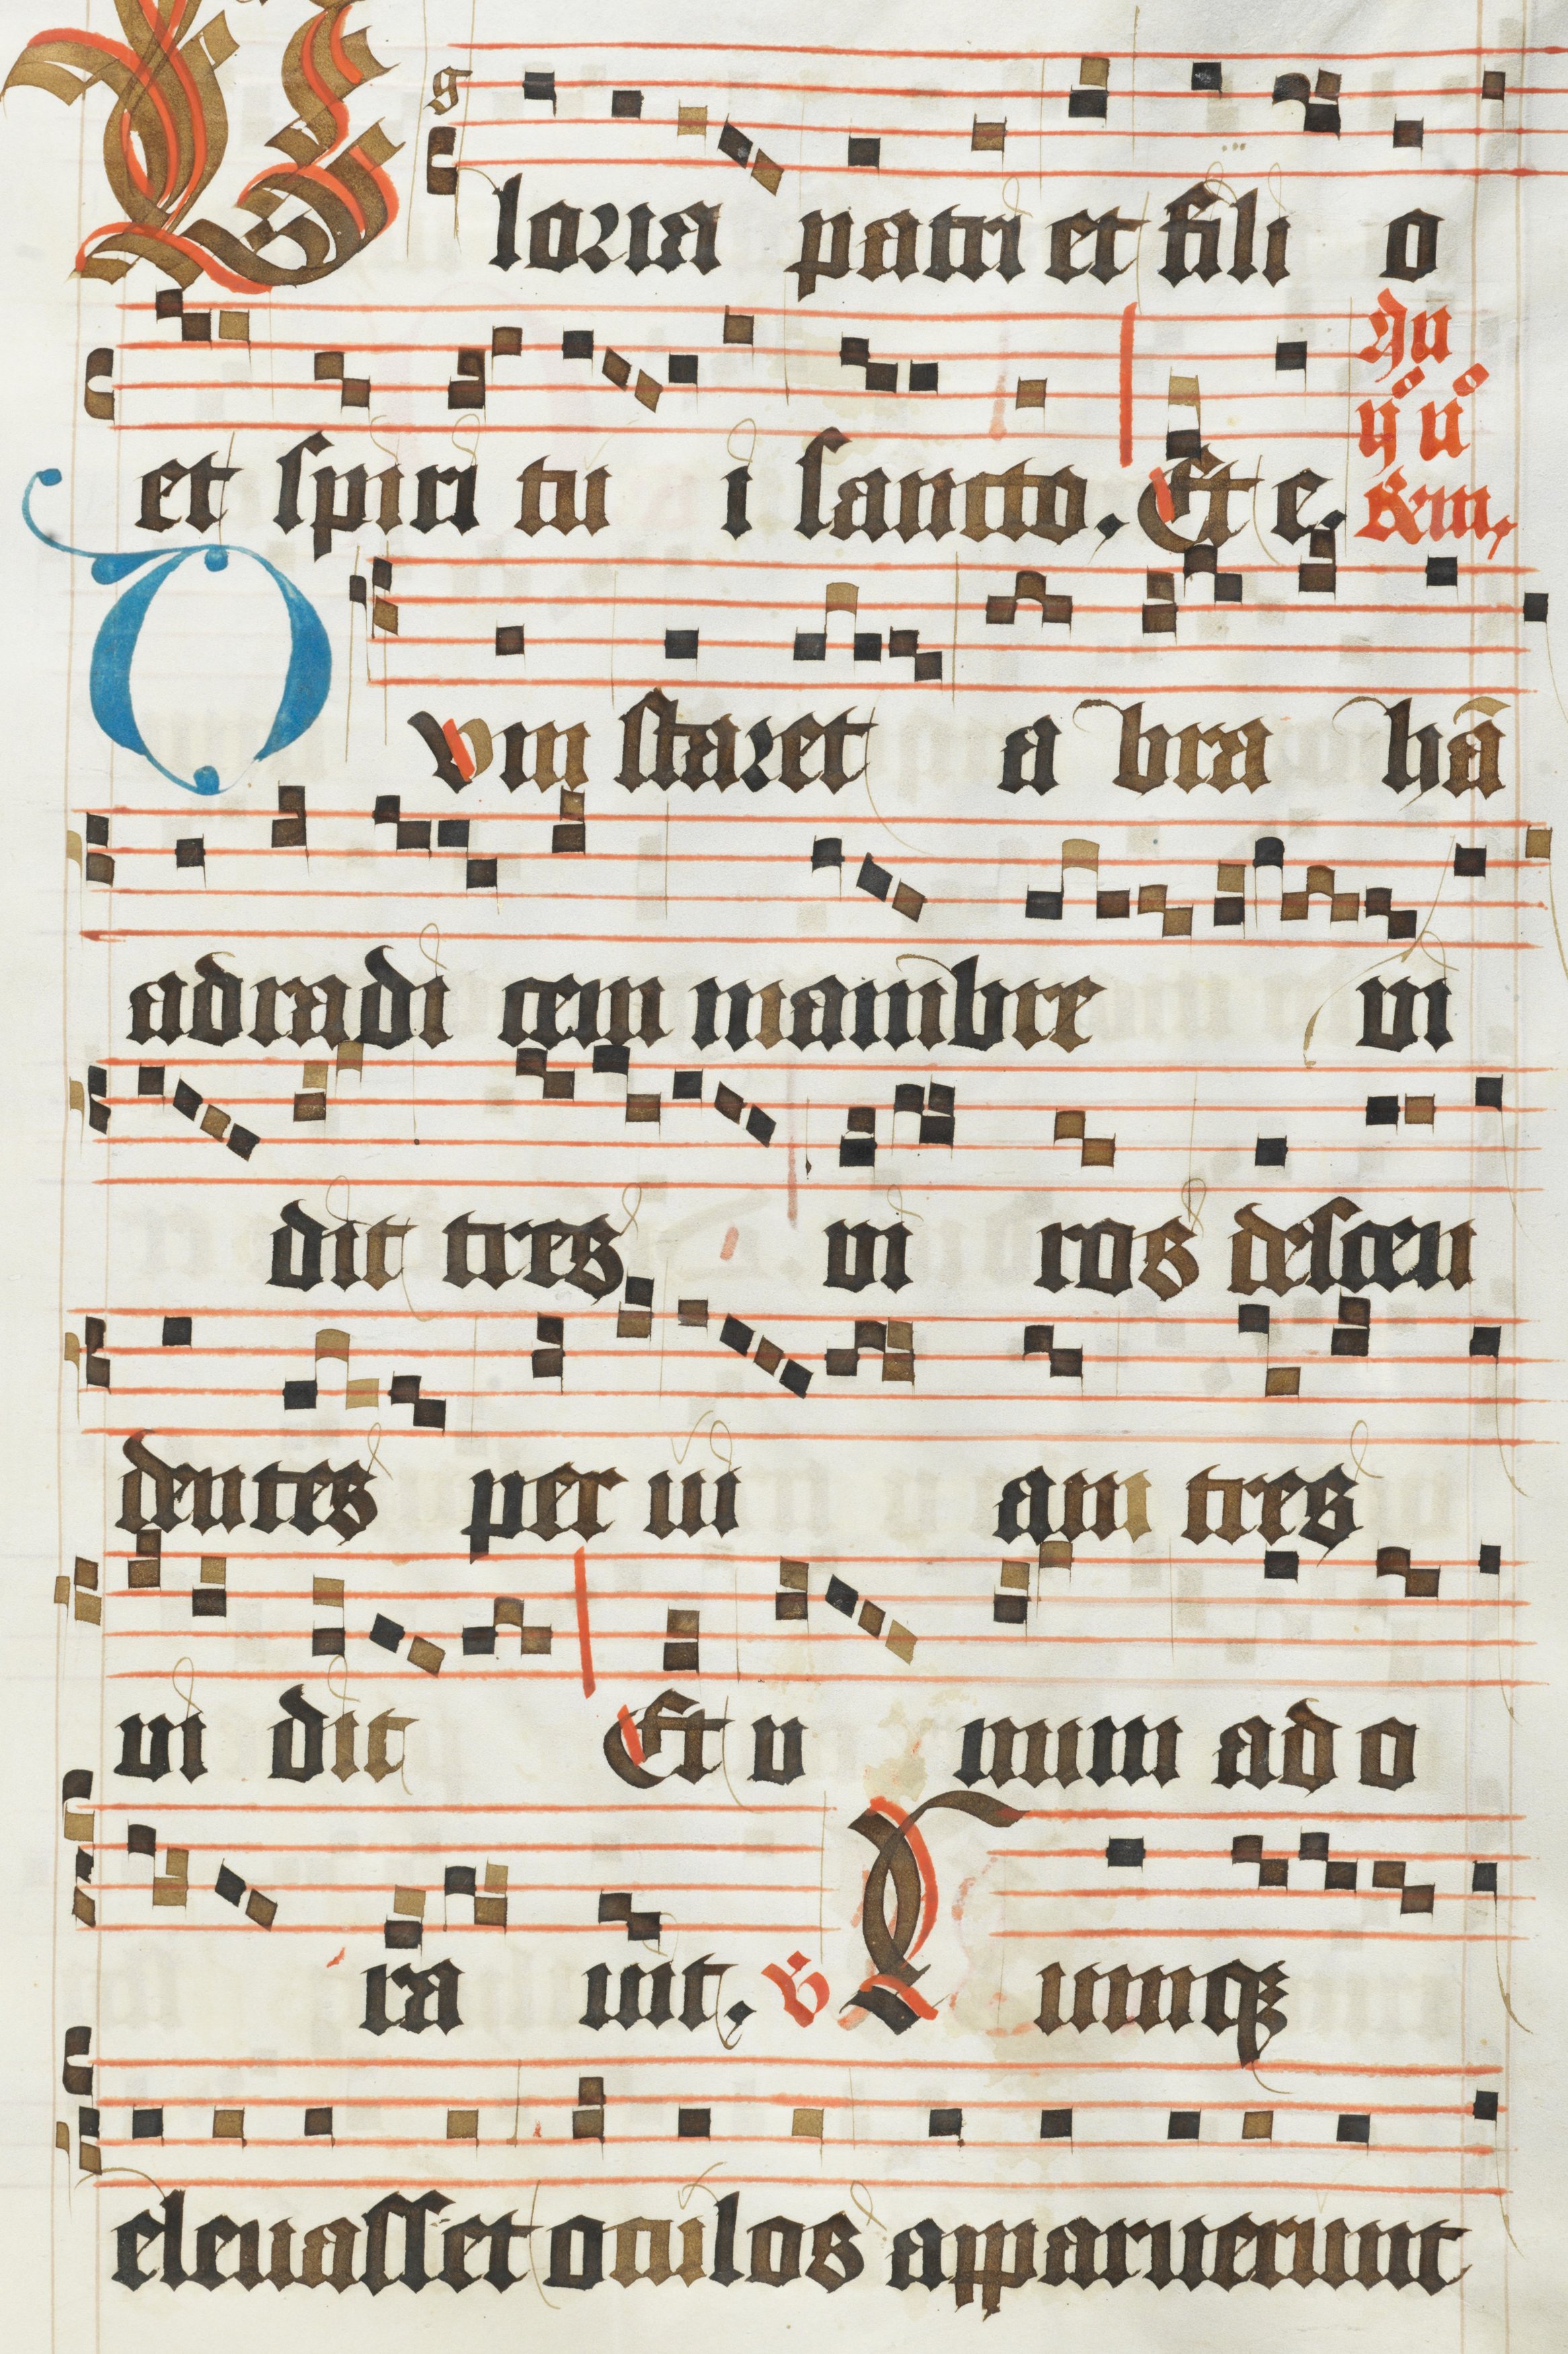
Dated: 1450–1499